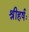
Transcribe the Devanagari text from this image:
श्रीहर्षः